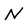
Character: N